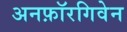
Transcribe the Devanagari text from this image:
अनफ़ॉरगिवेन